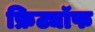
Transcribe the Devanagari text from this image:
फ्रिट्यॉफ